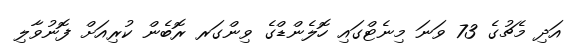
އަދި މެޗުގެ 73 ވަނަ މިނެޓްގައި ހޮލެންޑްގެ ވިންގަރ ރޮބެން ކުރިއަށް ފޮނުވާލި